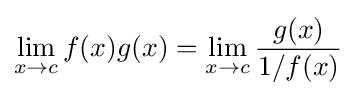
\lim _{x\to c}f(x)g(x)=\lim _{x\to c}{\frac {g(x)}{1/f(x)}}\!